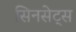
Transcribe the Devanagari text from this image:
सिनसेट्स